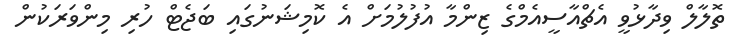
ތޮލާލް ވިދާޅުވީ އެޗްއާސީއެމްގެ ޒިންމާ އުފުލުމަށް އެ ކޮމިޝަނުގައި ބަޖެޓް ހުރި މިންވަރަކުން